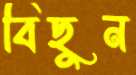
বিছুন